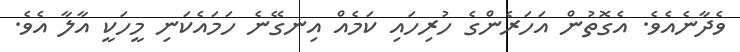
ވެދާނެއެވެ. އެގޮތުން އަހަރެންގެ ހުރިހައި ކަމެއް އިނގޭނެ ހަމައެކަނި މީހަކީ އާލާ އެވެ.